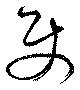
使